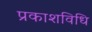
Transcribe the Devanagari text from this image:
प्रकाशविधि